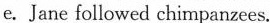
e. Jane followed chimpanzees.